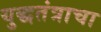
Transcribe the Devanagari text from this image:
युद्धतंत्राचा